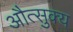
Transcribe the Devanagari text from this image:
औत्सुक्‍य